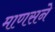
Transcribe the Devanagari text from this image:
माणसने